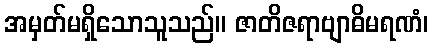
အမှတ်မရှိသောသူသည်။ ဇာတိဇရာဗျာဓိမရဏံ၊